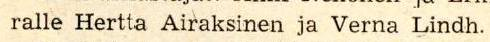
ralle Hertta Airaksinen ja Verna Lindh.